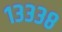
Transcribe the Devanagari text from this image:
१३३३८